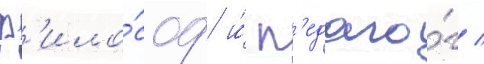
ф'ило́соф и́ п'едаго́г /